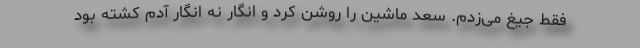
فقط جیغ می‌زدم. سعد ماشین را روشن کرد و انگار نه انگار آدم کشته بود